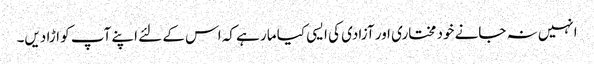
انہیں نہ جانے خود مختاری اور آزادی کی ایسی کیا مار ہے کہ اس کے لئے اپنے آپ کو اڑا دیں۔